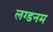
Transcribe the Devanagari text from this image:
लग्डनम